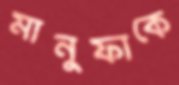
মানুফাকে